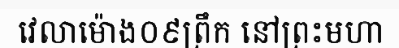
វេលាម៉ោង០៩ព្រឹក នៅព្រះមហា